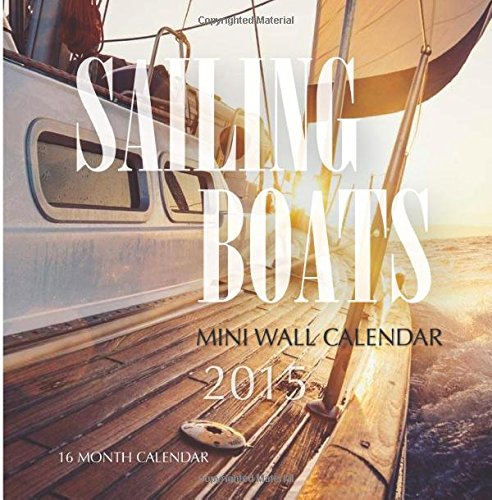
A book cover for Sailing Boats Mini Wall Calendar 2015: 16 Month Calendar; James Bates; Calendars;